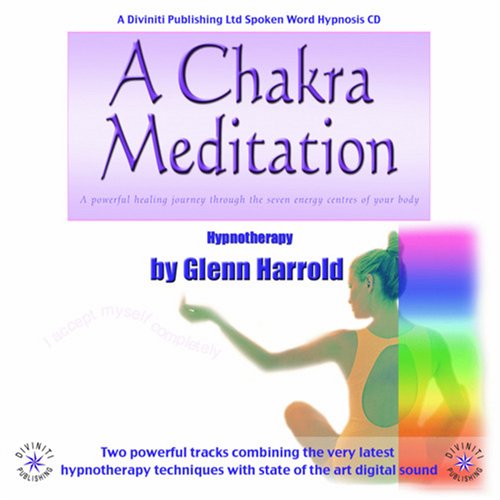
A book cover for A Chakra Meditation; Glenn Harrold; Self-Help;